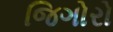
જિગોરો